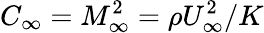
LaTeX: C_{\infty}=M_{\infty}^{2}=\rho U_{\infty}^{2}/K